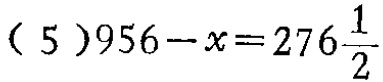
(5)$956 - x = 276\frac{1}{2}$